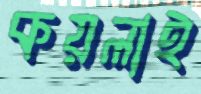
কয়লাই